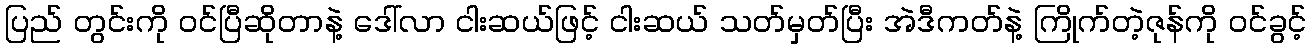
ပြည် တွင်းကို ဝင်ပြီဆိုတာနဲ့ ဒေါ်လာ ငါးဆယ်ဖြင့် ငါးဆယ် သတ်မှတ်ပြီး အဲဒီကတ်နဲ့ ကြိုက်တဲ့ဇုန်ကို ဝင်ခွင့်